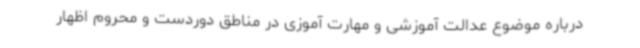
درباره موضوع عدالت آموزشی و مهارت آموزی در مناطق دوردست و محروم اظهار